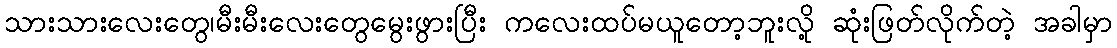
သားသားလေးတွေ၊မီးမီးလေးတွေမွေးဖွားပြီး ကလေးထပ်မယူတော့ဘူးလို့ ဆုံးဖြတ်လိုက်တဲ့ အခါမှာ